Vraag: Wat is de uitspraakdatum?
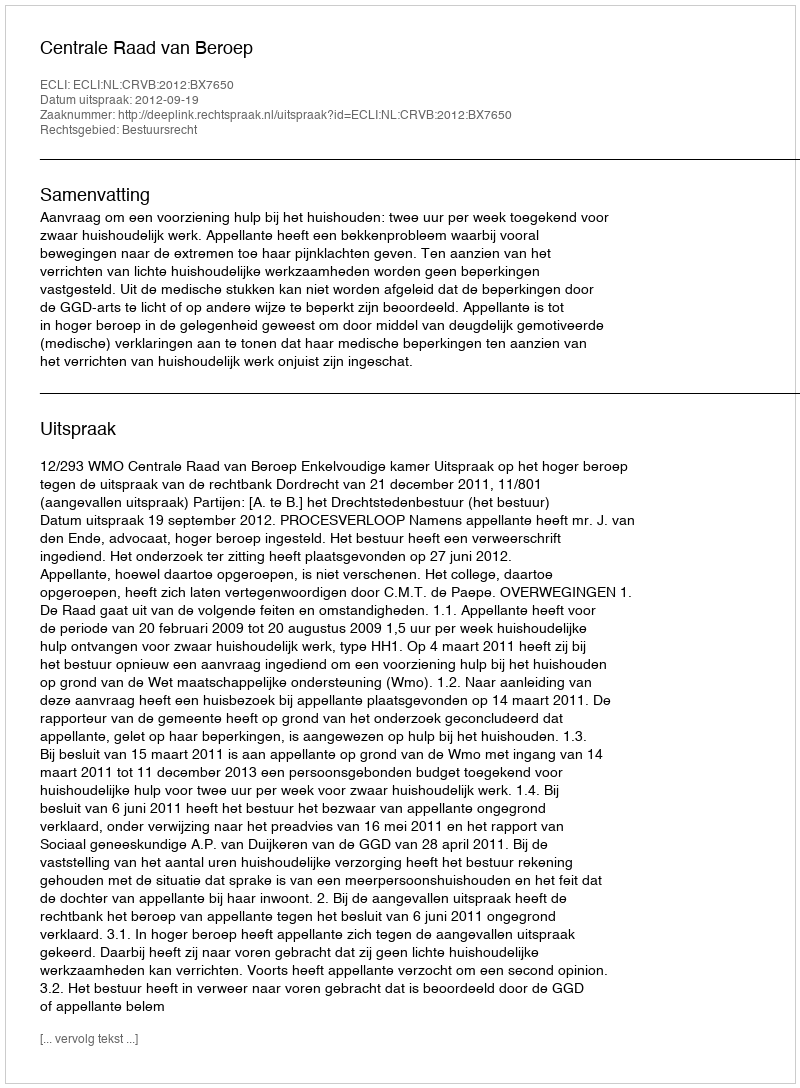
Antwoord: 2012-09-19